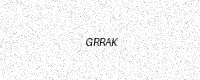
Text: GRRAK